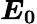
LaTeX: \boldsymbol{E_{0}}